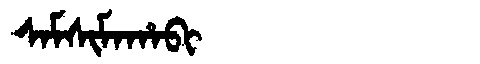
Manchu: ᠰᠠᠮᠰᡳᠮᠠᡥᠠᠪᡳ
Romanization: SAMSIMAHABI